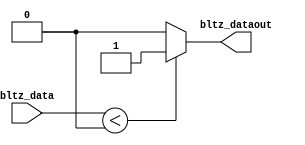
`timescale 1ns / 1ps
//////////////////////////////////////////////////////////////////////////////////
// Company: 
// Engineer: 
// 
// Design Name: 
// Module Name:    bijiaoqi_bltz 
// Project Name: 
// Target Devices: 
// Tool versions: 
// Description: 
//
// Dependencies: 
//
// Revision: 
// Revision 0.01 - File Created
// Additional Comments: 
//
//////////////////////////////////////////////////////////////////////////////////
module bijiaoqi_bltz(
    input [31:0] bltz_data,
    output bltz_dataout
    );
	 assign bltz_dataout = ($signed(bltz_data) < 0)? 1:0;

endmodule